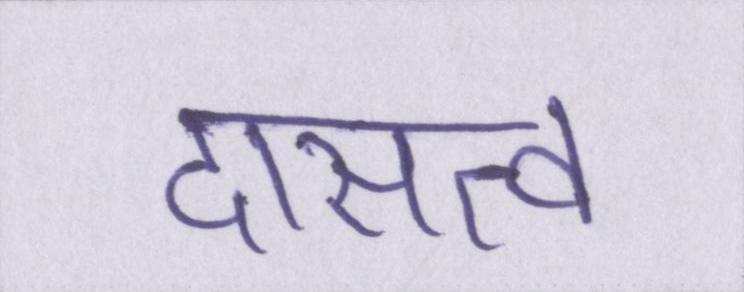
दासत्व